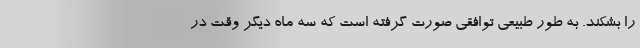
را بشکند. به طور طبیعی توافقی صورت گرفته است که سه ماه دیگر وقت در